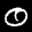
Label: 0